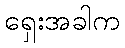
ရှေးအခါက